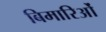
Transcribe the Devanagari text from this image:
बिमारिओं